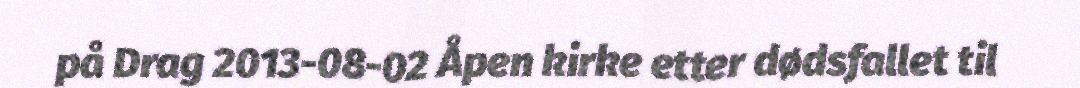
på Drag 2013-08-02 Åpen kirke etter dødsfallet til